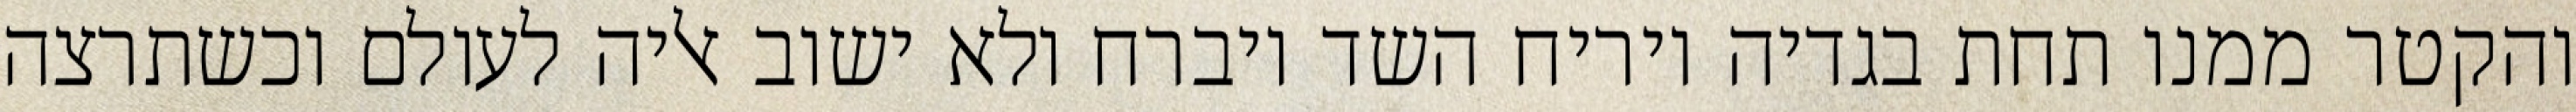
והקטר ממנו תחת בגדיה ויריח השד ויברח ולא ישוב אליה לעולם וכשתרצה